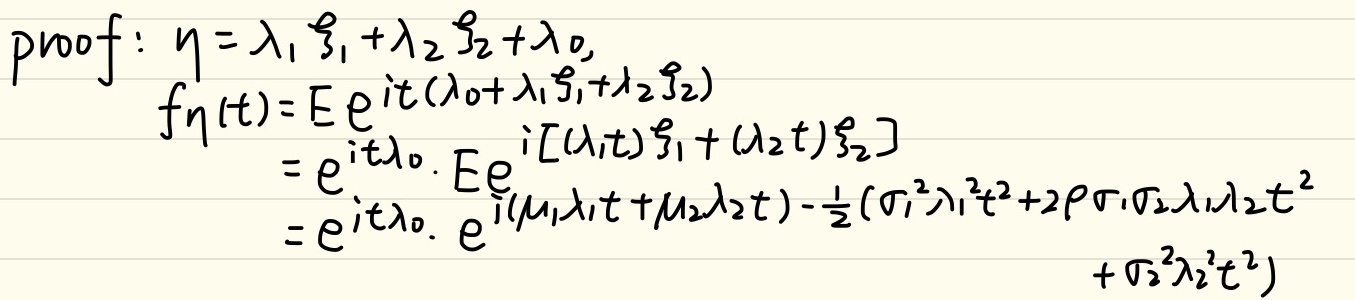
proof: $\eta = \lambda_1 \xi_1+\lambda_2 \xi_2+\lambda_0,$
\begin{align*}
f_{\eta}(t)&=Ee^{it(\lambda_0+\lambda_1 \xi_1+\lambda_2 \xi_2)}\\
&=e^{it\lambda_0}\cdot Ee^{i[(\lambda_1t)\xi_1 + (\lambda_2t)\xi_2]}\\
&=e^{it\lambda_0}\cdot Ee^{i(\mu_1\lambda_1t+\mu_2\lambda_2t)-\frac{1}{2}(\sigma_1^{2}\lambda_1^{2}t^{2}+2\rho\sigma_1\sigma_2\lambda_1\lambda_2t^{2}}\\
&=e^{it\lambda_0}\cdot e^{i(\mu_1\lambda_1t+\mu_2\lambda_2t)-\frac{1}{2}(\sigma_1^{2}\lambda_1^{2}t^{2}+2\rho\sigma_1\sigma_2\lambda_1\lambda_2t^{2}+\sigma_2^{2}\lambda_2^{2}t^{2})}
\end{align*}